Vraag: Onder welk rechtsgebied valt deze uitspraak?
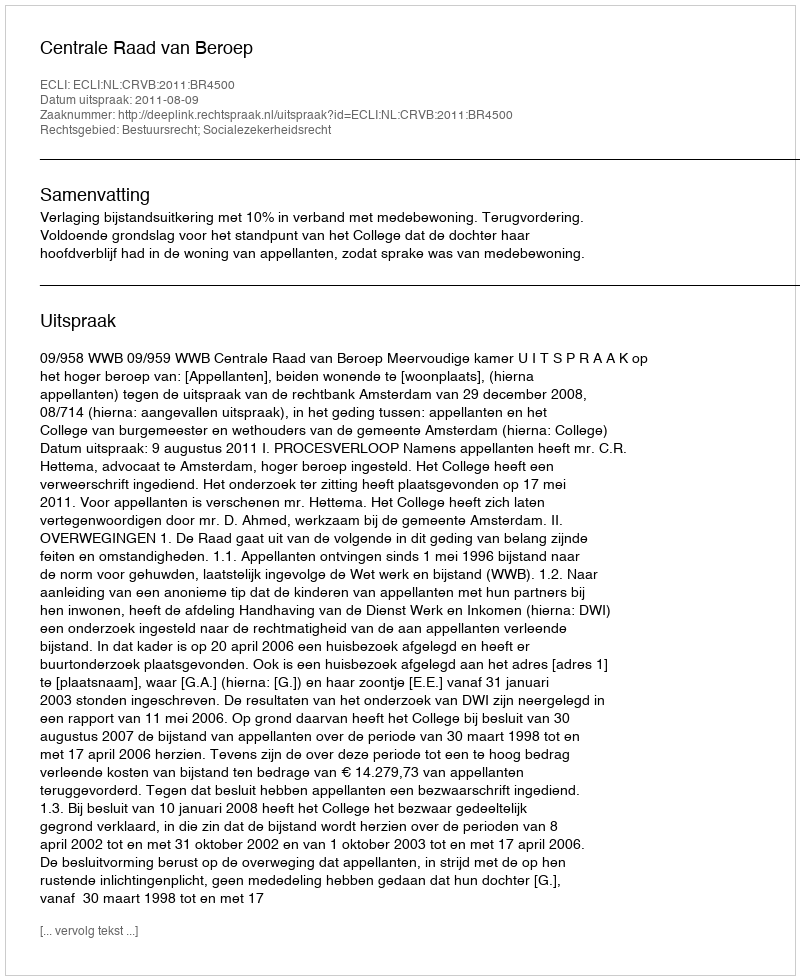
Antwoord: Bestuursrecht; Socialezekerheidsrecht